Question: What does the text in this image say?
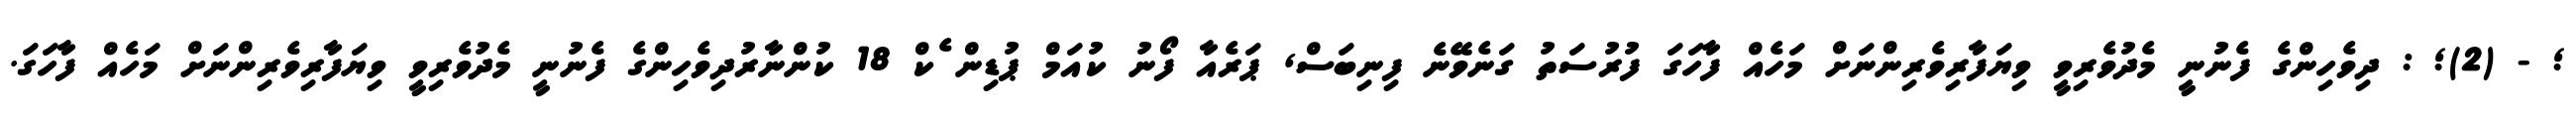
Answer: ; - (2); : ދިވެހިންގެ ފެނުނީ މެދުވެރިވީ ވިޔަފާރިވެރިންނަށް މަހެއް ފާހަގަ ފުރުސަތު ގަނެވޭނެ ފިނިބަސް, ޕަރެއާ ފޯނު ކުއަމް ޕުޑިން ެކް 18 ކުންނާރުދިވެހިންގެ ފެނުނީ މެދުވެރިވީ ވިޔަފާރިވެރިންނަށް މަހެއް ފާހަގަ.